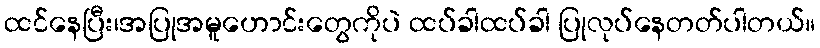
ထင်နေပြီး၊အပြုအမူဟောင်းတွေကိုပဲ ထပ်ခါထပ်ခါ ပြုလုပ်နေတတ်ပါတယ်။